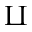
\amalg